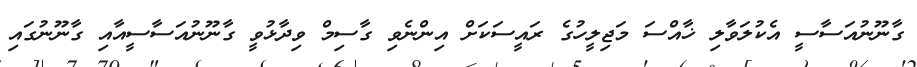
ގާނޫނުއަސާސީ އެކުލަވާލި ޚާއްސަ މަޖިލީހުގެ ރައީސަކަށް އިންނެވި ގާސިމް ވިދާޅުވީ ގާނޫނުއަސާސީއާއި ގާނޫނުގައި